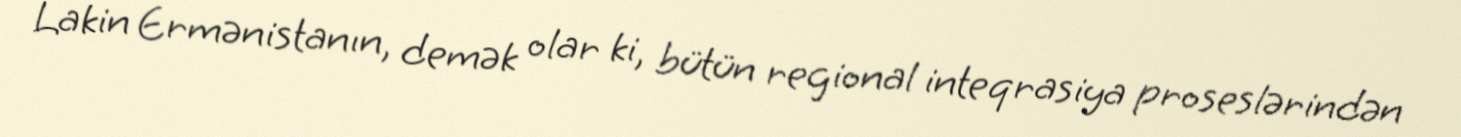
Lakin Ermənistanın, demək olar ki, bütün regional inteqrasiya proseslərindən